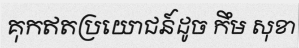
គុកឥតប្រយោជន៍ដូច កឹម សុខា